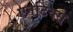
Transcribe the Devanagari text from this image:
एनटिक्स